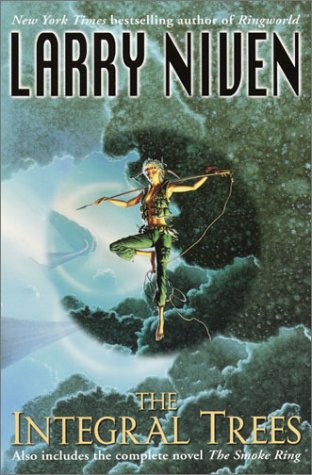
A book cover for The Integral Trees and The Smoke Ring; Larry Niven; Science Fiction & Fantasy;